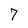
Character: 7